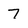
Character: 7